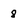
Character: 8